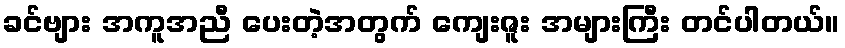
ခင်ဗျား အကူအညီ ပေးတဲ့အတွက် ကျေးဇူး အများကြီး တင်ပါတယ်။